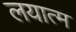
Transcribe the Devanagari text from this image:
लयात्म